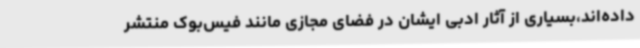
داده‌اند،بسیاری از آثار ادبی ایشان در فضای مجازی مانند فیس‌بوک منتشر